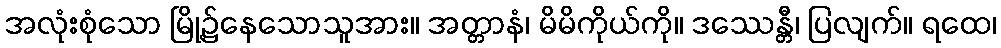
အလုံးစုံသော မြို့၌နေသောသူအား။ အတ္တာနံ၊ မိမိကိုယ်ကို။ ဒဿေန္တီ၊ ပြလျက်။ ရထေ၊